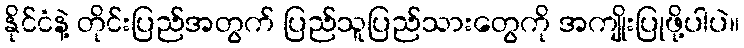
နိုင်ငံနဲ့ တိုင်းပြည်အတွက် ပြည်သူပြည်သားတွေကို အကျိုးပြုဖို့ပါပဲ။